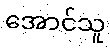
အောင်သူ